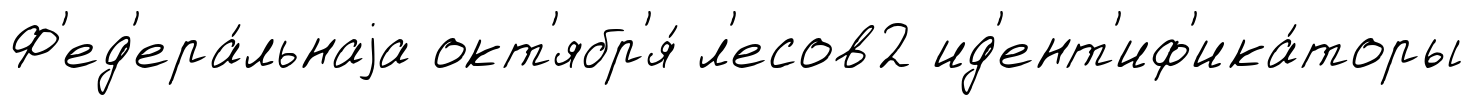
Ф'ед'ера́льнаjа окт'ябр'я́ л'есов2 ид'ент'иф'ика́торы